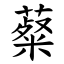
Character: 薒